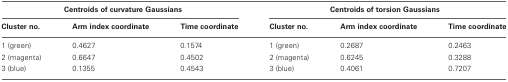
<table><thead><tr><td colspan="3"><b>Centroids of curvature Gaussians</b></td><td colspan="3"><b>Centroids of torsion Gaussians</b></td></tr><tr><td><b>Cluster no.</b></td><td><b>Arm index coordinate</b></td><td><b>Time coordinate</b></td><td><b>Cluster no.</b></td><td><b>Arm index coordinate</b></td><td><b>Time coordinate</b></td></tr></thead><tbody><tr><td>1 (green)</td><td>0.4627</td><td>0.1574</td><td>1 (green)</td><td>0.2687</td><td>0.2463</td></tr><tr><td>2 (magenta)</td><td>0.6647</td><td>0.4502</td><td>2 (magenta)</td><td>0.6245</td><td>0.3288</td></tr><tr><td>3 (blue)</td><td>0.1355</td><td>0.4543</td><td>3 (blue)</td><td>0.4061</td><td>0.7207</td></tr></tbody></table>